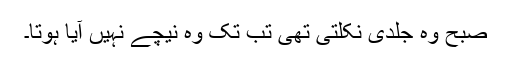
صبح وہ جلدی نکلتی تھی تب تک وہ نیچے نہیں آیا ہوتا۔